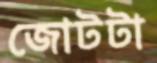
জোটটা